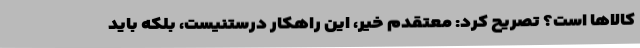
کالاها است؟ تصریح کرد: معتقدم خیر، این راهکار درستنیست، بلکه باید